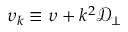
\upsilon _ { k } \equiv \upsilon + k ^ { 2 } \mathcal { D } _ { \perp }